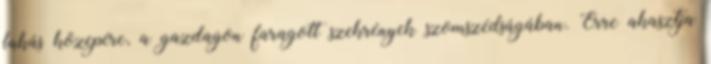
lakás közepére, a gazdagon faragott szekrények szomszédságában. Erre akasztja